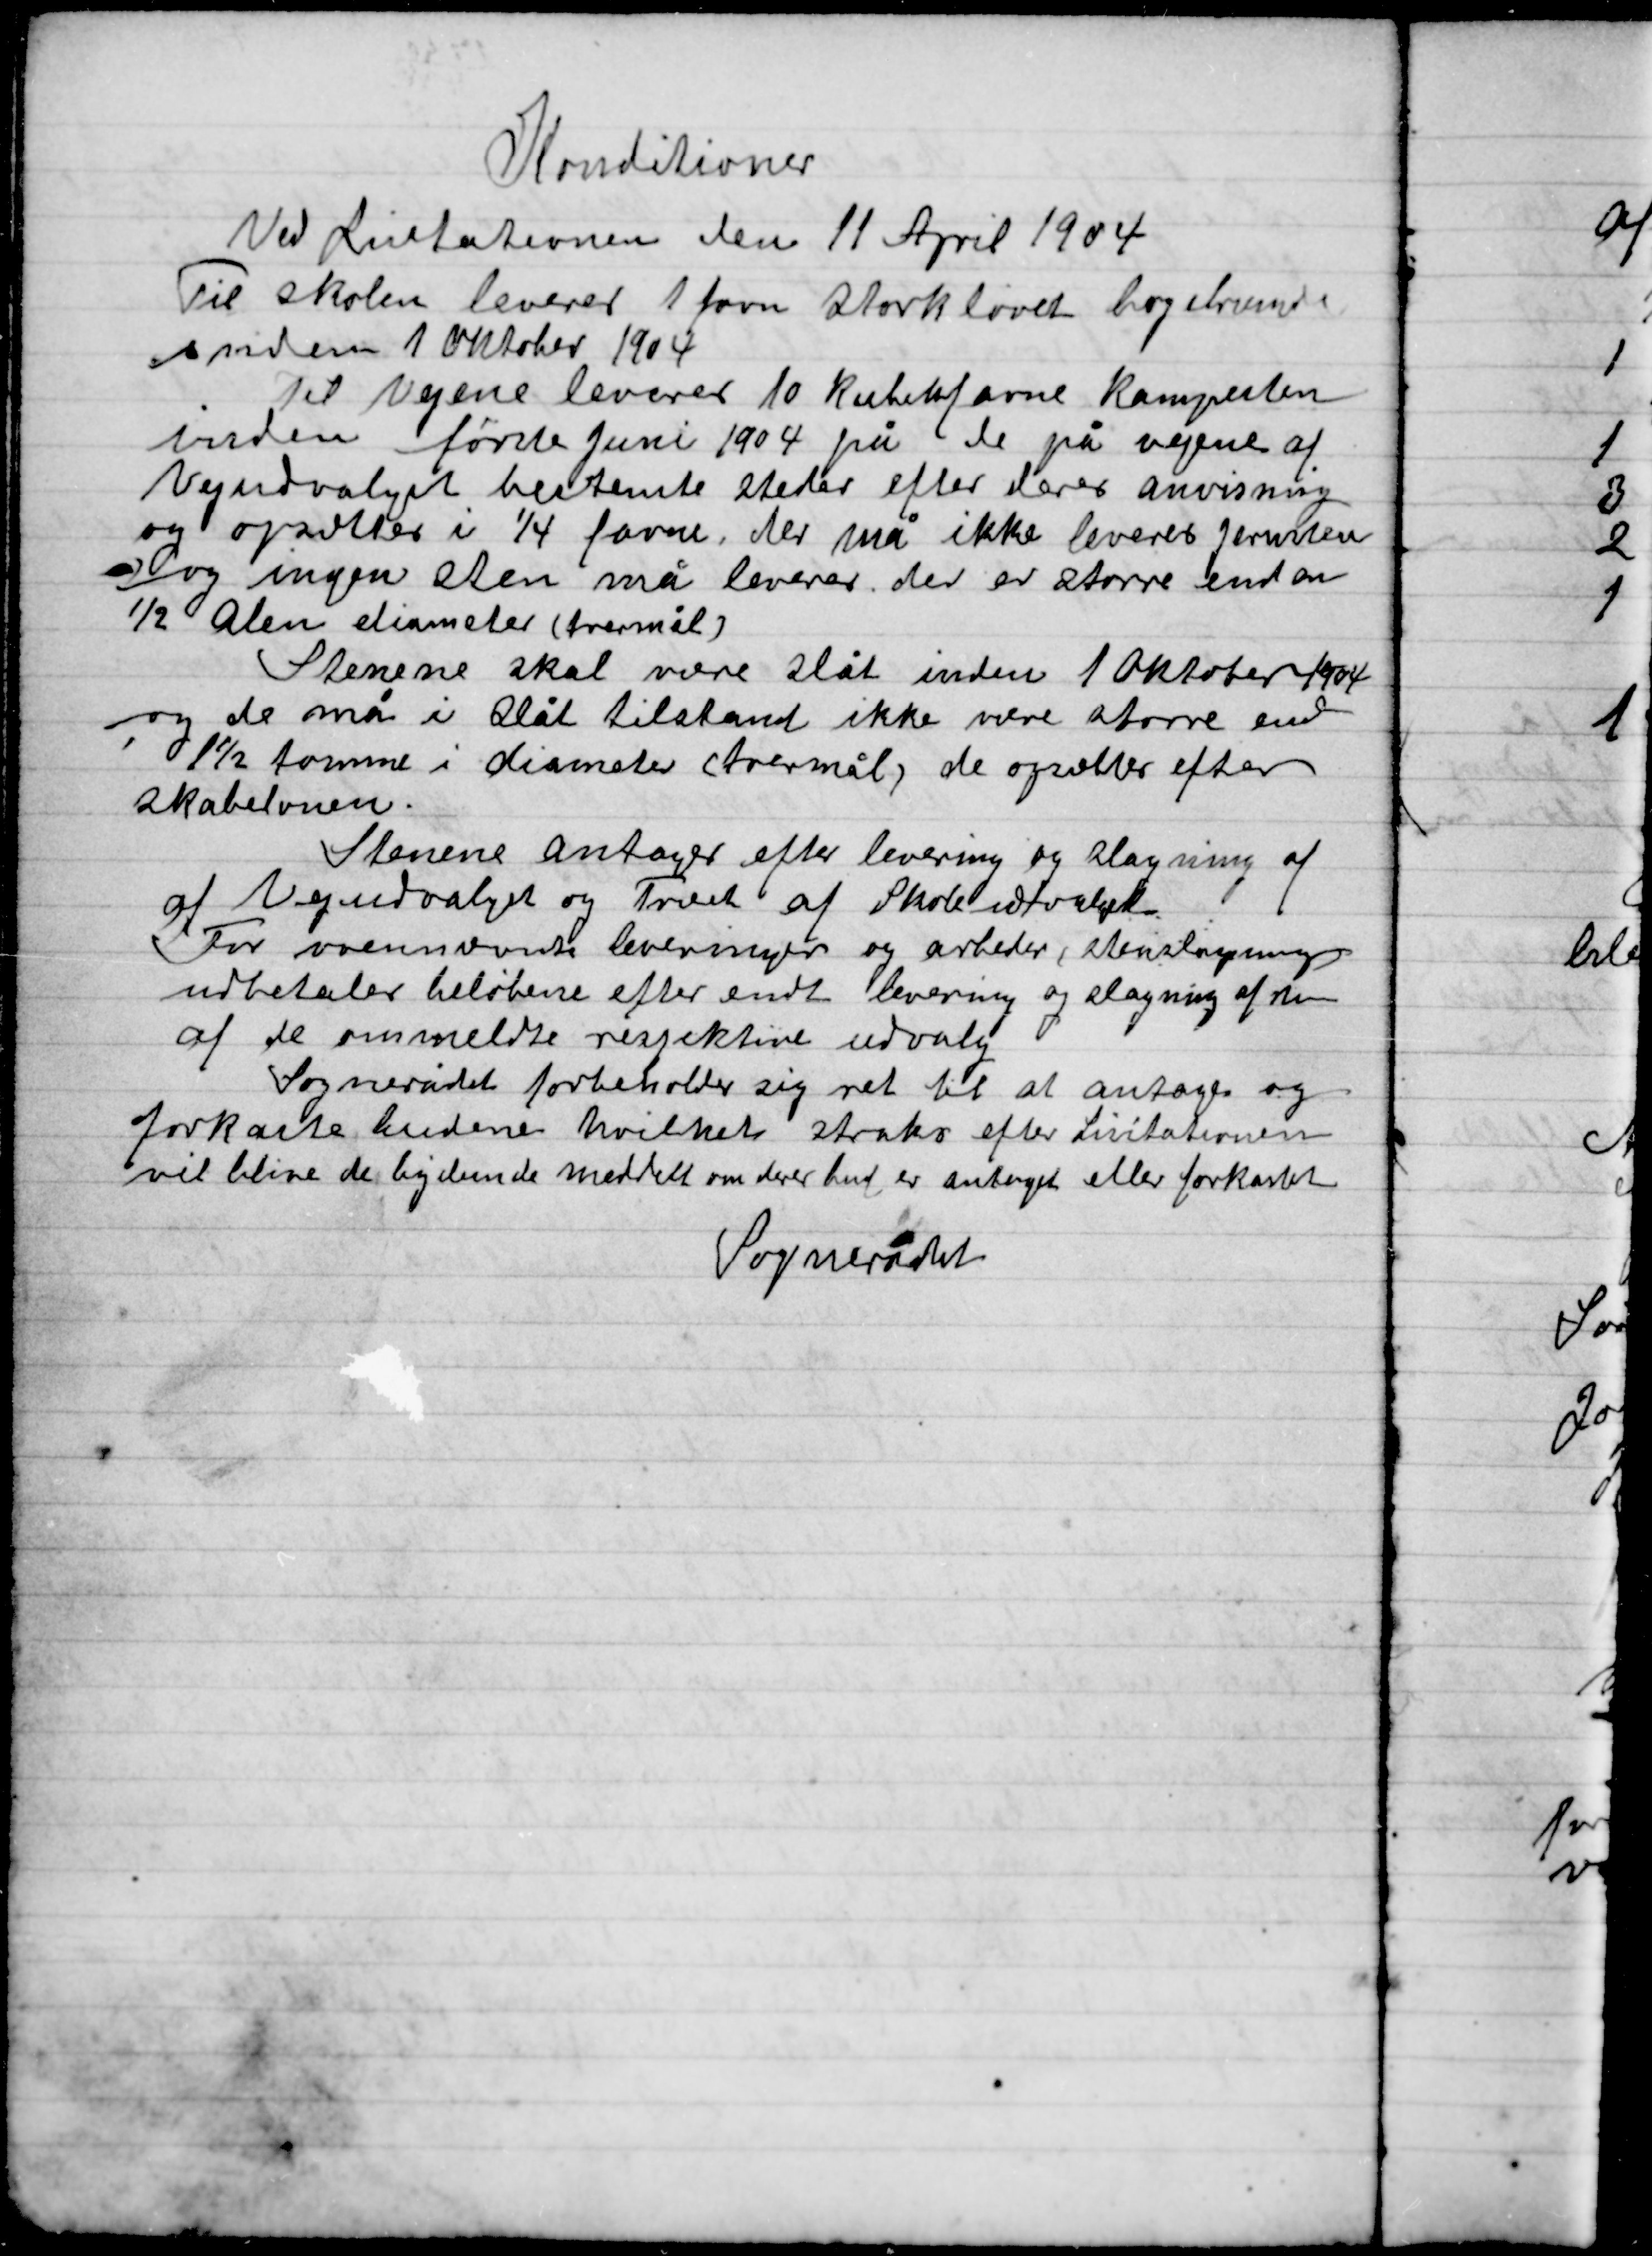
Transskription:
Konditioner
Ved Licitationen den 11 April 1904
Til skolen leveres 1 favn storkløvet bøgebrænde
inden 1 Oktober 1904
Til Vejene leveres 10 Kubikfavne kampesten
Inden første juni 1904 på de på vejene af
Vejudvalget bestemte steder efter deres anvisning
og opsattes i ¼ favne, der må ikke leveres jernsten
og ingen sten må leveres der er større end en
½ Alen diameter (tværmål)
Stenene skal være slåt inden 1 Oktober 1904
og de må i slåt tilstand ikke være større end
1½ tomme i diameter (stenmål) de opsættes efter
Skabelonen.
Stenene antager efter levering og slagning af
af Vejudvalget og Trige af Skoleudvalget.
For nærværende leveringer og arbejder, stenslagning
udbetaler beløbene efter endt levering og slagning af sten
af de ommeldte respektive udvalg.
Sognerådet forbeholder sig ret til at antage og
Forkaste budene hvilket straks efter Licitationen
vil blive de bydende meddelt om deres bud er antaget eller forkastet
Sognerådet